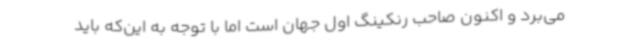
می‌برد و اکنون صاحب رنکینگ اول جهان است اما با توجه به این‌که باید